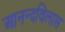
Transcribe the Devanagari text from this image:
आनन्दविलास